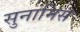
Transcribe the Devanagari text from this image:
सुनामिस